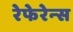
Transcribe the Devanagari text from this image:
रेफेरेन्‍स